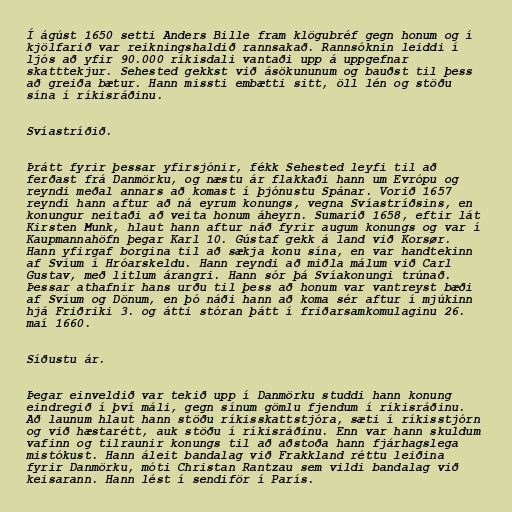
Í ágúst 1650 setti Anders Bille fram klögubréf gegn honum og í
kjölfarið var reikningshaldið rannsakað. Rannsóknin leiddi í
ljós að yfir 90.000 ríkisdali vantaði upp á uppgefnar
skatttekjur. Sehested gekkst við ásökununum og bauðst til þess
að greiða bætur. Hann missti embætti sitt, öll lén og stöðu
sína í ríkisráðinu.

Svíastríðið.

Þrátt fyrir þessar yfirsjónir, fékk Sehested leyfi til að
ferðast frá Danmörku, og næstu ár flakkaði hann um Evrópu og
reyndi meðal annars að komast í þjónustu Spánar. Vorið 1657
reyndi hann aftur að ná eyrum konungs, vegna Svíastríðsins, en
konungur neitaði að veita honum áheyrn. Sumarið 1658, eftir lát
Kirsten Munk, hlaut hann aftur náð fyrir augum konungs og var í
Kaupmannahöfn þegar Karl 10. Gústaf gekk á land við Korsør.
Hann yfirgaf borgina til að sækja konu sína, en var handtekinn
af Svíum í Hróarskeldu. Hann reyndi að miðla málum við Carl
Gustav, með litlum árangri. Hann sór þá Svíakonungi trúnað.
Þessar athafnir hans urðu til þess að honum var vantreyst bæði
af Svíum og Dönum, en þó náði hann að koma sér aftur í mjúkinn
hjá Friðriki 3. og átti stóran þátt í friðarsamkomulaginu 26.
maí 1660.

Síðustu ár.

Þegar einveldið var tekið upp í Danmörku studdi hann konung
eindregið í því máli, gegn sínum gömlu fjendum í ríkisráðinu.
Að launum hlaut hann stöðu ríkisskattstjóra, sæti í ríkisstjórn
og við hæstarétt, auk stöðu í ríkisráðinu. Enn var hann skuldum
vafinn og tilraunir konungs til að aðstoða hann fjárhagslega
mistókust. Hann áleit bandalag við Frakkland réttu leiðina
fyrir Danmörku, móti Christan Rantzau sem vildi bandalag við
keisarann. Hann lést í sendiför í París.